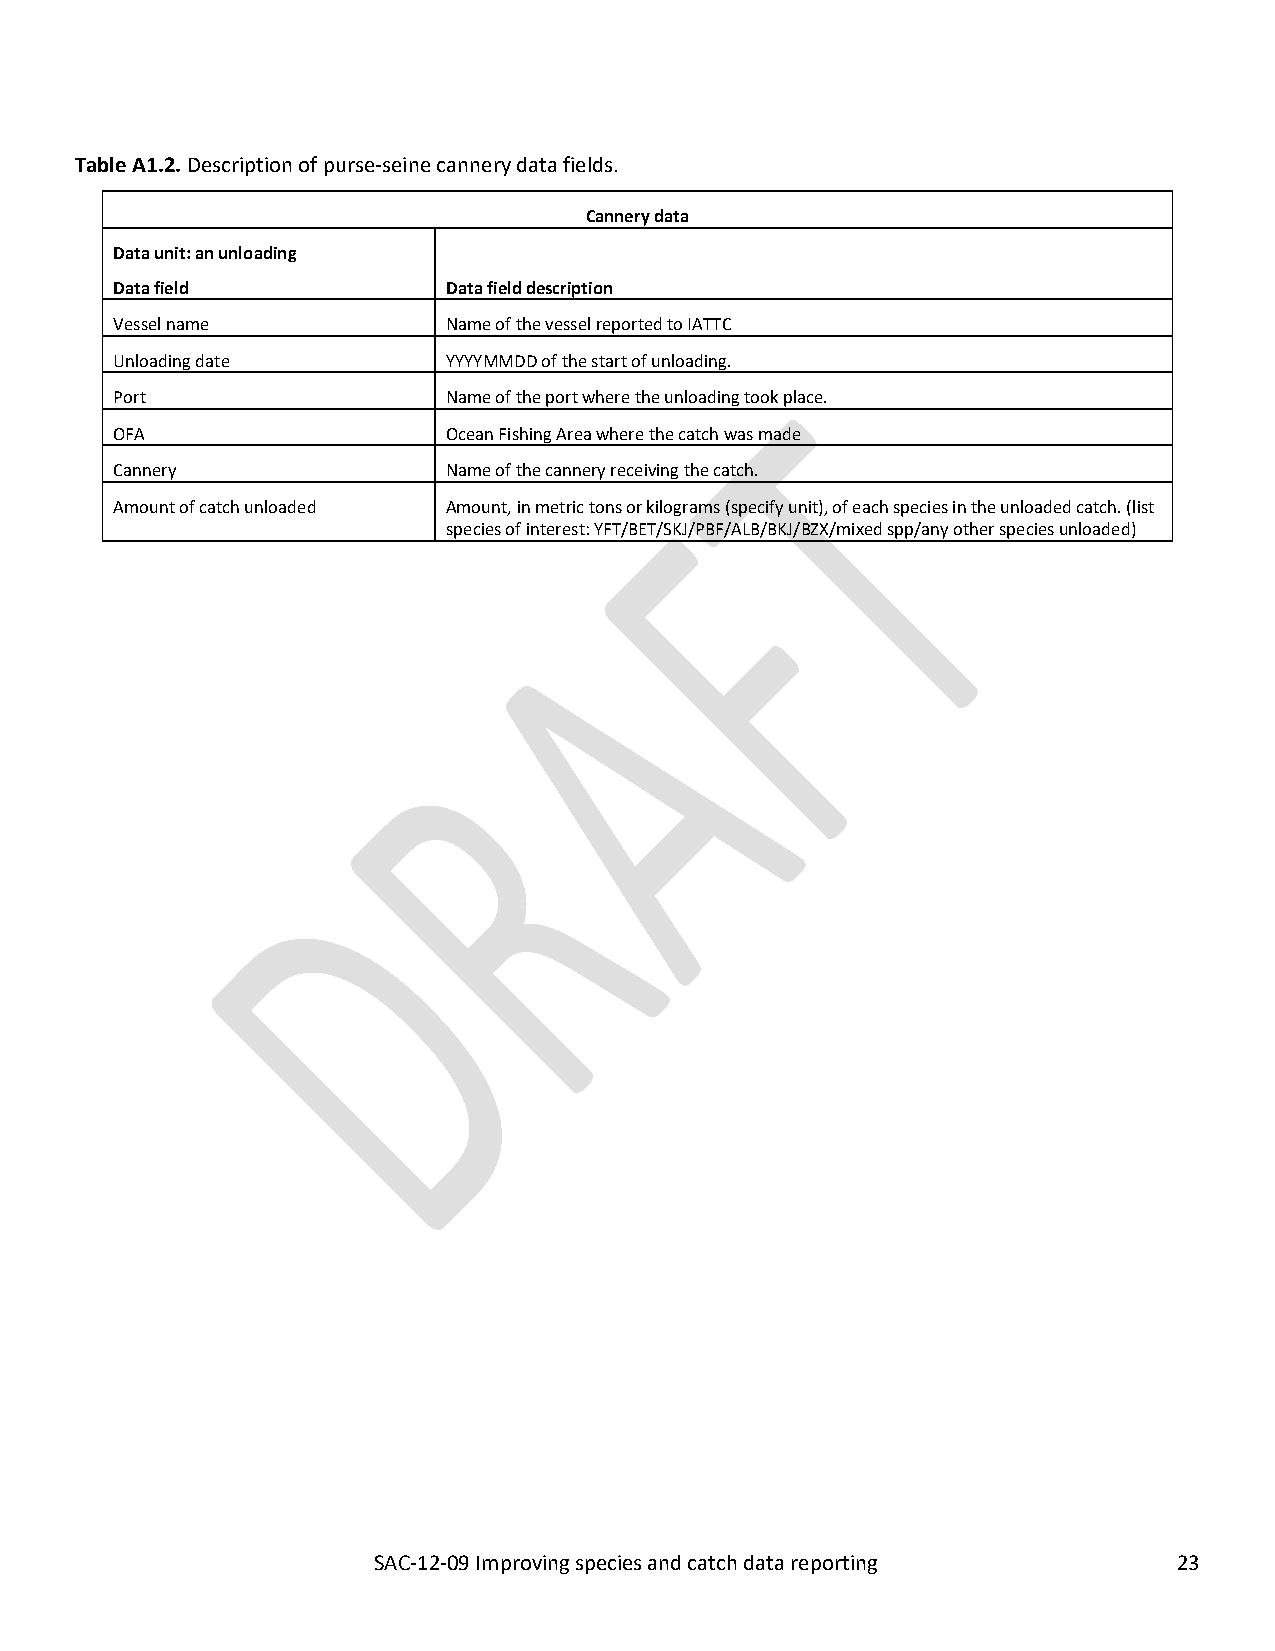
SAC-12-09_Improving species and catch data reporting C-03-05
 Table A1.2. Description of purse-seine cannery data fields.
 Cannery data
 Data unit: an unloading
 Data field            Data field description
 Vessel name           Name of the vessel reported to IATTC
 Unloading date        YYYYMMDD of the start of unloading.
 Port                  Name of the port where the unloading took place.
 OFA                   Ocean Fishing Area where the catch was made
 Cannery               Name of the cannery receiving the catch.
 Amount of catch unloaded Amount, in metric tons or kilograms (specify unit), of each species in the unloaded catch. (list
 species of interest: YFT/BET/SKJ/PBF/ALB/BKJ/BZX/mixed spp/any other species unloaded)
 SAC-12-09 Improving species and catch data reporting 23